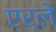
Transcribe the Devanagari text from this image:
एर्ले